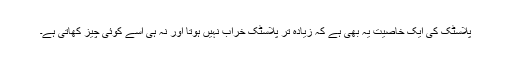
پلاسٹک کی ایک خاصیت یہ بھی ہے کہ زیادہ تر پلاسٹک خراب نہیں ہوتا اور نہ ہی اسے کوئی چیز کھاتی ہے۔